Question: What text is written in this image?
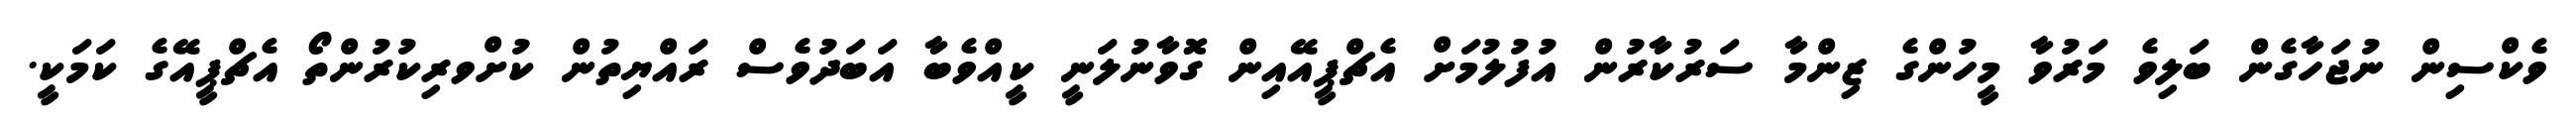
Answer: ވެކްސިން ނުޖަހާގެން ބަލިވެ މަރުވާ މީހުންގެ ޒިންމާ ސަރުކާރުން އުފުލުމަށް އެޗްޕީއޭއިން ގޮވާނުލަނީ ކީއްވެބާ އަބަދުވެސް ރައްޔިތުން ކުށްވރިކުރުންތޯ އެޗްޕީއޭގެ ކަމަކީ.